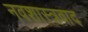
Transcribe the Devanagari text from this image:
नवशास्त्रवाद